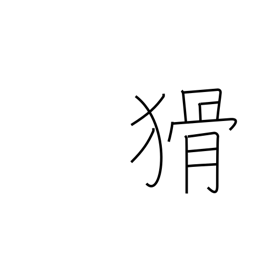
Meaning: crafty